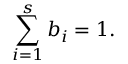
\sum _ { i = 1 } ^ { s } b _ { i } = 1 .